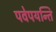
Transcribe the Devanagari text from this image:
पवेपयन्ति